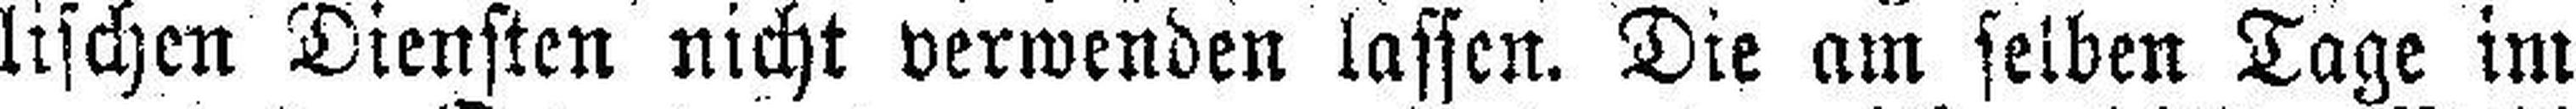
lischen Diensten nicht verwenden lassen. Die am selben Tage im